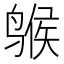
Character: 𫛺